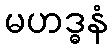
မဟဒ္ဓနံ